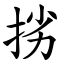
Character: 挘